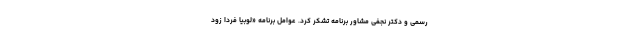
رسمی و دکتر نجفی مشاور برنامه تشکر کرد. عوامل برنامه «لوبیا فردا زود